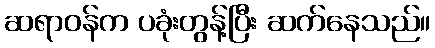
ဆရာဝန်က ပခုံးတွန့်ပြီး ဆက်နေသည်။